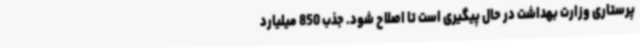
پرستاری وزارت بهداشت در حال پیگیری است تا اصلاح شود. جذب 850 میلیارد